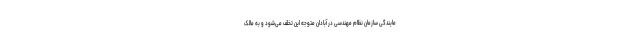
مایندگی سازمان نظام مهندسی در آبادان متوجه این تخلف می‌شود و به مالک